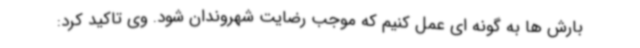
بارش ها به گونه ای عمل کنیم که موجب رضایت شهروندان شود. وی تاکید کرد: